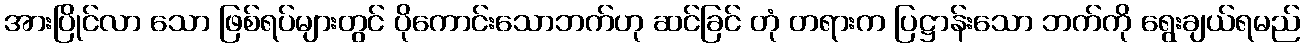
အားပြိုင်လာ သော ဖြစ်ရပ်များတွင် ပိုကောင်းသောဘက်ဟု ဆင်ခြင် တုံ တရားက ပြဋ္ဌာန်းသော ဘက်ကို ရွေးချယ်ရမည်